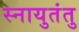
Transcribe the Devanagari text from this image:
स्नायुतंतु